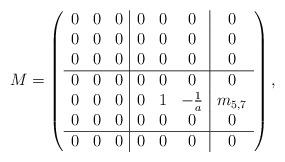
LaTeX: \begin{align*}M&=\left(\begin{array}{ccc|ccc|c}0 & 0& 0&0&0&0&0 \\0 & 0& 0&0&0&0&0 \\0 & 0& 0&0&0&0&0 \\\hline 0 & 0& 0&0&0&0&0 \\0&0&0&0&1&-\frac{1}{a}&m_{5,7}\\0 & 0& 0&0&0&0&0 \\\hline0&0&0&0&0&0&0\end{array}\right),\end{align*}